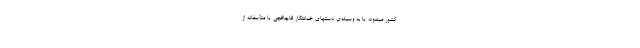
کشور میشود؛ یا به وسیله‌ی دستهای خیانتکار قاچاقچی یا متأسّفانه از